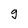
Character: 9